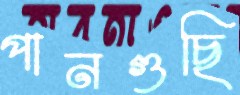
পানগুছি